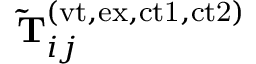
\mathbf { \widetilde { T } } _ { i j } ^ { ( \mathrm { v t , e x , c t 1 , c t 2 } ) }